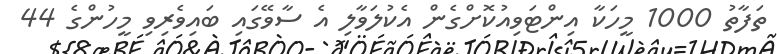
ތަފާތު 1000 މީހަކާ އިންޓަވިއުކޮށްގެން އެކުލަވާލި އެ ސާވޭގައި ބައިވެރިވި މީހުންގެ 44